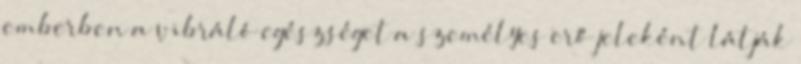
emberben a vibráló egészséget a személyes erő jeleként látják